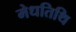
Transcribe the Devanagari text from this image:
मेधतिथि